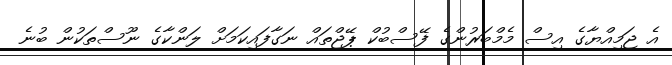
އެ ޖަމިއްޔާގެ އިސް މެމްބަރުންގެ ފޭސްބުކް ޕޭޖްތައް ނަގާފައިކަމަށް ލަންކާގެ ނޫސްތަކުން ބުނެ